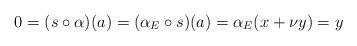
LaTeX: \begin{align*}0 = (s \circ \alpha) (a) = (\alpha_E \circ s)(a) = \alpha_E (x + \nu y) = y\end{align*}